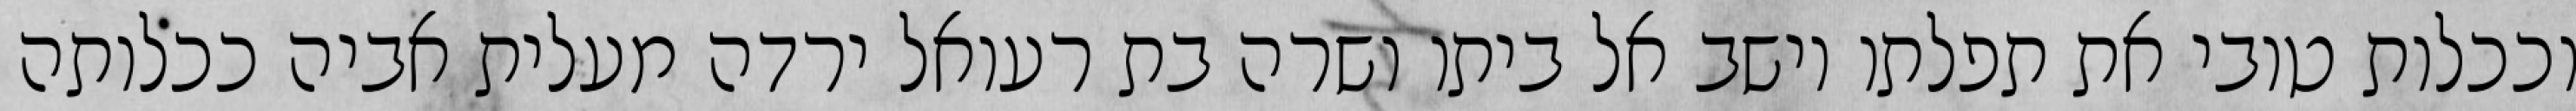
וככלות טובי את תפלתו וישב אל ביתו ושרה בת רעואל ירדה מעלית אביה ככלותה